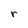
Character: r